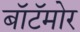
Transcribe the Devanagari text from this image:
बॉटॅमोर